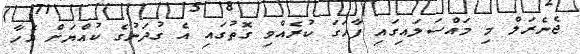
ޖެނެރަލް މި މައްސަލައިގައި ފާހަގަ ކުރެއްވި ގޮތުގައި އެ ގުދަނުގެ ކުއްޔަށް އެހާ